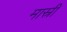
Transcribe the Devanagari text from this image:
मास्री